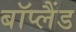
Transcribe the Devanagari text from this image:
बॉप्लैंड